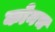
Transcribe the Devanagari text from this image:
कोनच